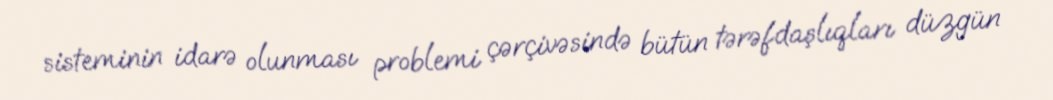
sisteminin idarə olunması problemi çərçivəsində bütün tərəfdaşlıqları düzgün